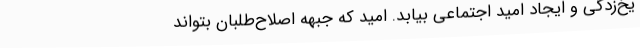
یخ‌زدگی و ایجاد امید اجتماعی بیابد. امید که جبهه اصلاح‌طلبان بتواند